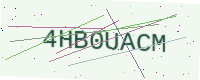
Text: 4HB0UACM